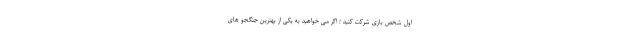
اول شخص بازی شرکت کنید ؛ اگر می خواهید به یکی از بهترین جنگجو های